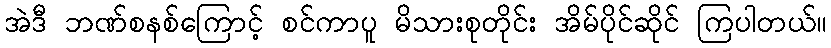
အဲဒီ ဘဏ်စနစ်ကြောင့် စင်ကာပူ မိသားစုတိုင်း အိမ်ပိုင်ဆိုင် ကြပါတယ်။